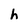
Character: h